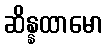
ဆိန္နထာမော